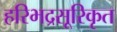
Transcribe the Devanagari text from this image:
हरिभद्रसूरिकृत